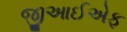
જીઆઈએફ